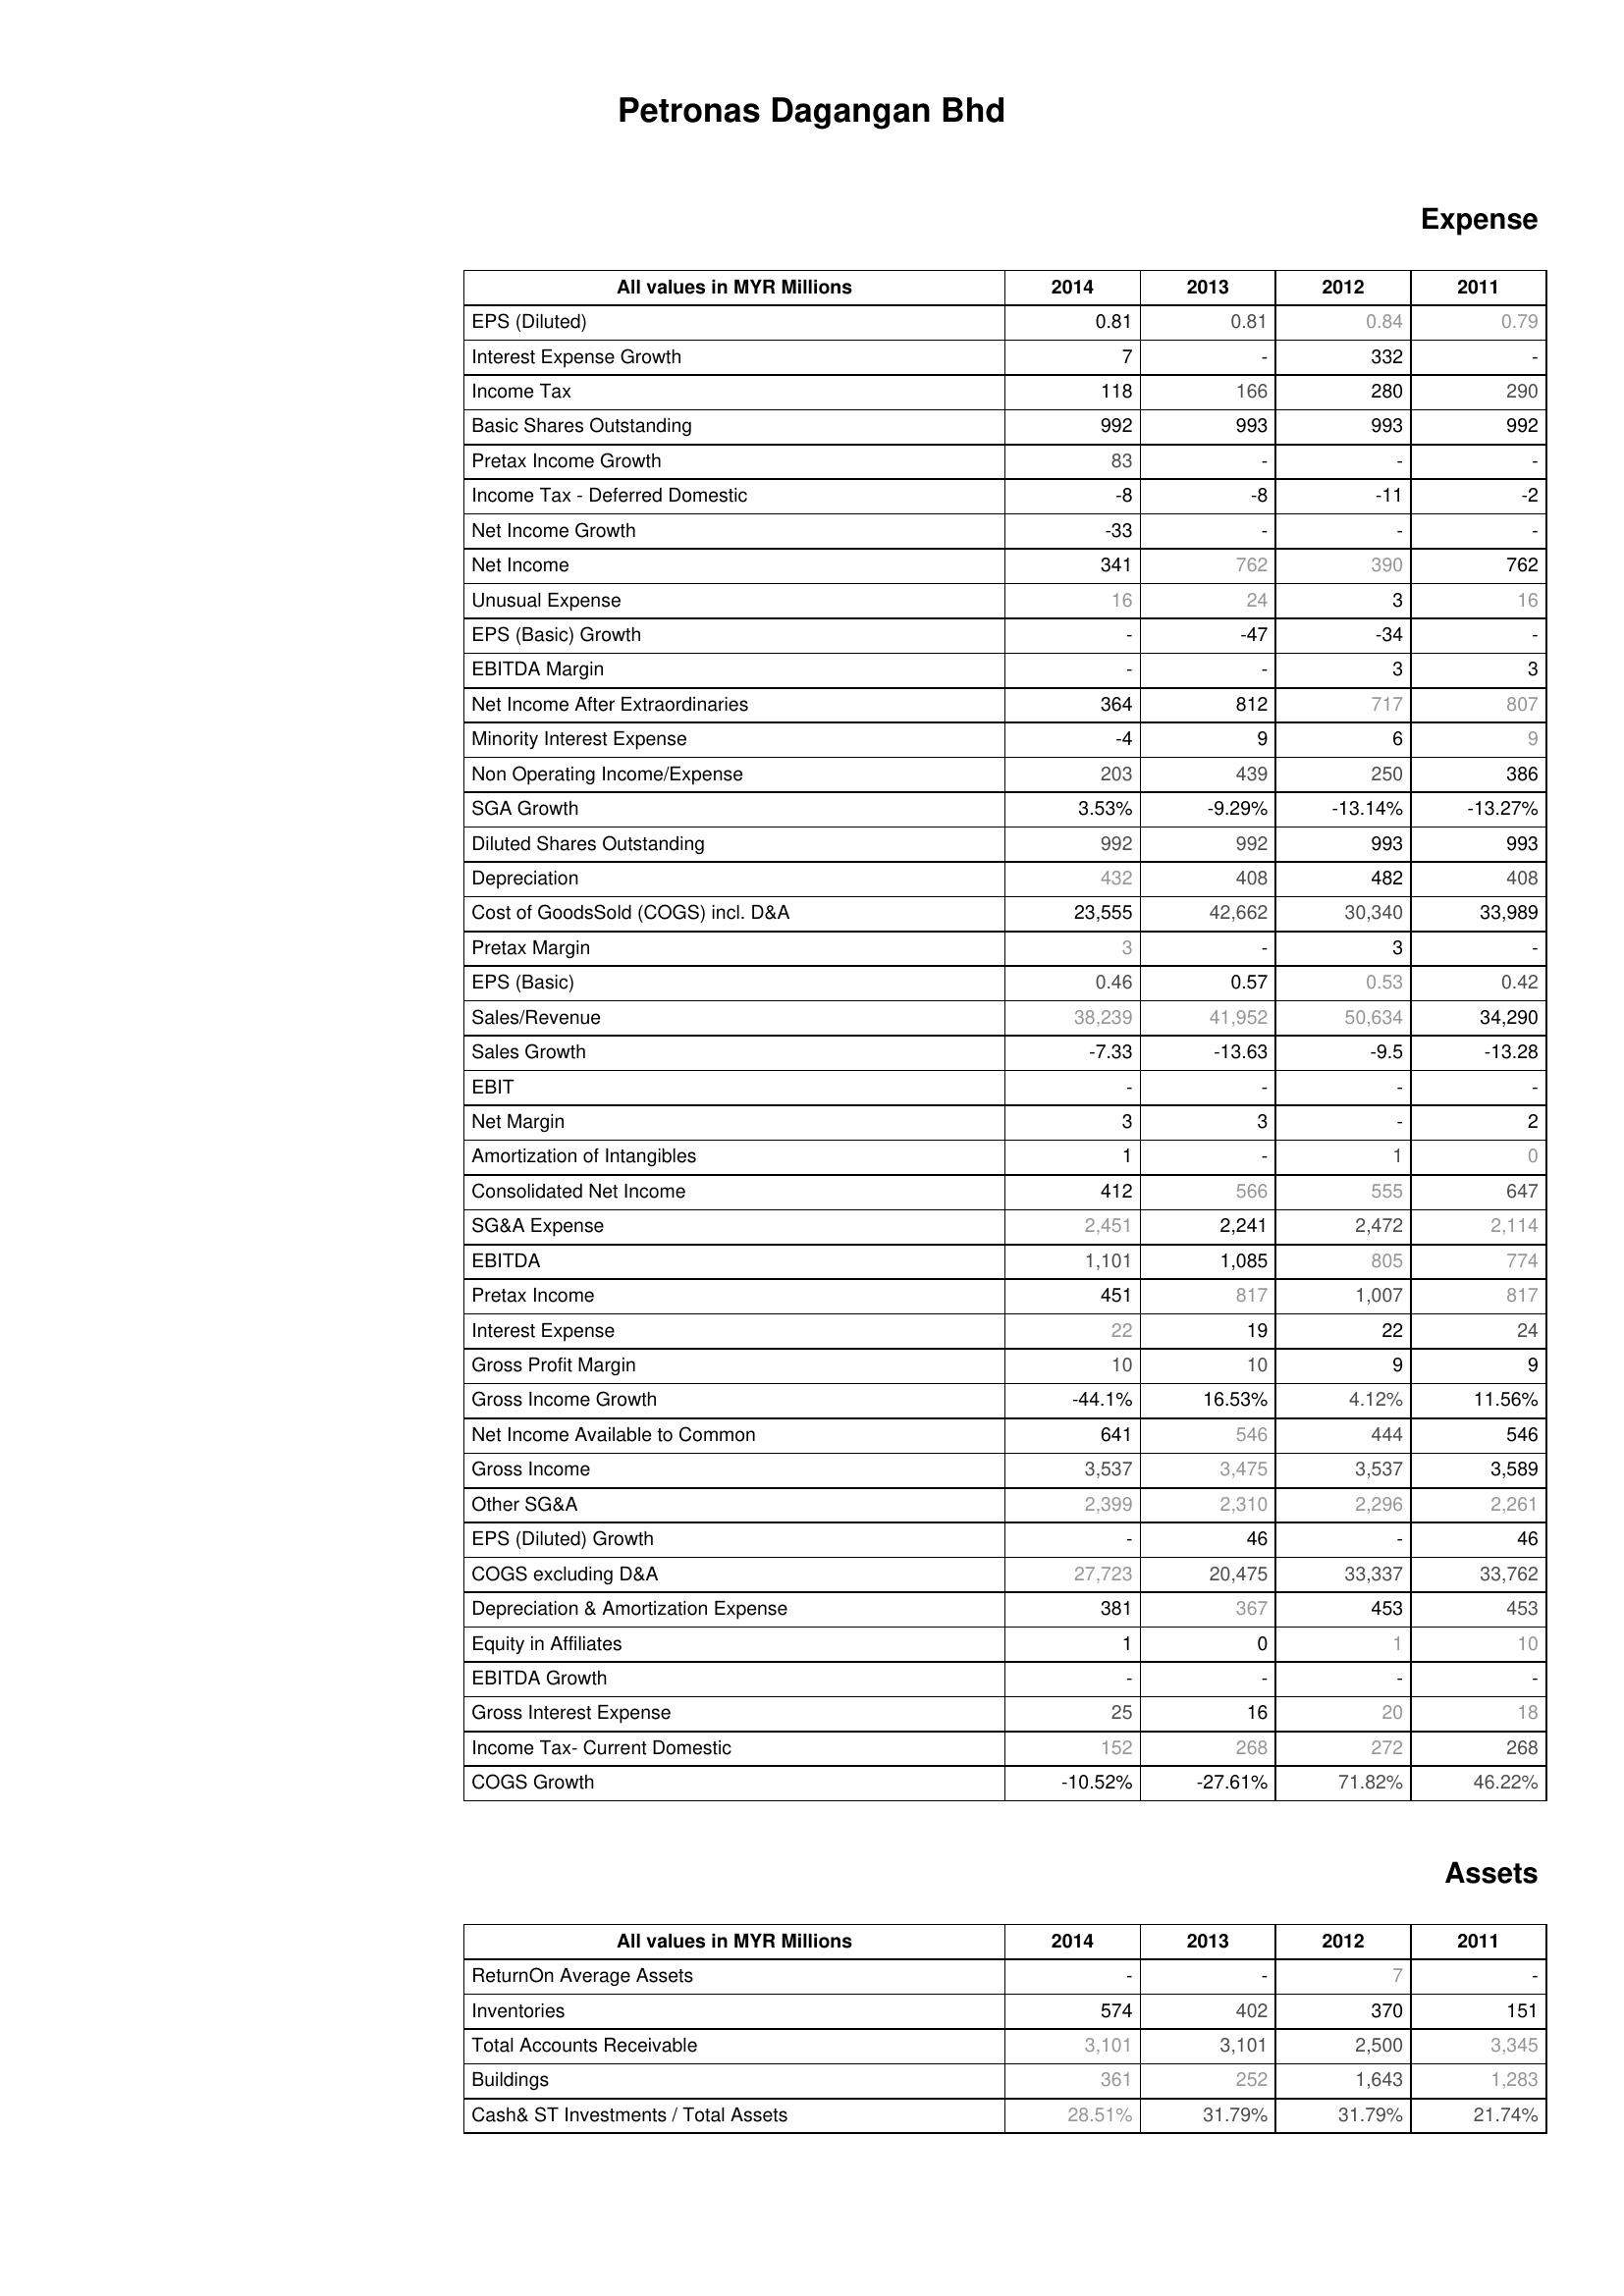
2014: Expense: EPS (Diluted): 0.81
Interest Expense Growth: 7
Income Tax: 118
Basic Shares Outstanding: 992
Pretax Income Growth: 83
Income Tax - Deferred Domestic: -8
Net Income Growth: -33
Net Income: 341
Unusual Expense: 16
EPS (Basic) Growth: -
EBITDA Margin: -
Net Income After Extraordinaries: 364
Minority Interest Expense: -4
Non Operating Income/Expense: 203
SGA Growth: 3.53%
Diluted Shares Outstanding: 992
Depreciation: 432
Cost of GoodsSold (COGS) incl. D&A: 23,555
Pretax Margin: 3
EPS (Basic): 0.46
Sales/Revenue: 38,239
Sales Growth: -7.33
EBIT: -
Net Margin: 3
Amortization of Intangibles: 1
Consolidated Net Income: 412
SG&A Expense: 2,451
EBITDA: 1,101
Pretax Income: 451
Interest Expense: 22
Gross Profit Margin: 10
Gross Income Growth: -44.1%
Net Income Available to Common: 641
Gross Income: 3,537
Other SG&A: 2,399
EPS (Diluted) Growth: -
COGS excluding D&A: 27,723
Depreciation & Amortization Expense: 381
Equity in Affiliates: 1
EBITDA Growth: -
Gross Interest Expense: 25
Income Tax- Current Domestic: 152
COGS Growth: -10.52%
Assets: ReturnOn Average Assets: -
Inventories: 574
Total Accounts Receivable: 3,101
Buildings: 361
Cash& ST Investments / Total Assets: 28.51%
2013: Expense: EPS (Diluted): 0.81
Interest Expense Growth: -
Income Tax: 166
Basic Shares Outstanding: 993
Pretax Income Growth: -
Income Tax - Deferred Domestic: -8
Net Income Growth: -
Net Income: 762
Unusual Expense: 24
EPS (Basic) Growth: -47
EBITDA Margin: -
Net Income After Extraordinaries: 812
Minority Interest Expense: 9
Non Operating Income/Expense: 439
SGA Growth: -9.29%
Diluted Shares Outstanding: 992
Depreciation: 408
Cost of GoodsSold (COGS) incl. D&A: 42,662
Pretax Margin: -
EPS (Basic): 0.57
Sales/Revenue: 41,952
Sales Growth: -13.63
EBIT: -
Net Margin: 3
Amortization of Intangibles: -
Consolidated Net Income: 566
SG&A Expense: 2,241
EBITDA: 1,085
Pretax Income: 817
Interest Expense: 19
Gross Profit Margin: 10
Gross Income Growth: 16.53%
Net Income Available to Common: 546
Gross Income: 3,475
Other SG&A: 2,310
EPS (Diluted) Growth: 46
COGS excluding D&A: 20,475
Depreciation & Amortization Expense: 367
Equity in Affiliates: 0
EBITDA Growth: -
Gross Interest Expense: 16
Income Tax- Current Domestic: 268
COGS Growth: -27.61%
Assets: ReturnOn Average Assets: -
Inventories: 402
Total Accounts Receivable: 3,101
Buildings: 252
Cash& ST Investments / Total Assets: 31.79%
2012: Expense: EPS (Diluted): 0.84
Interest Expense Growth: 332
Income Tax: 280
Basic Shares Outstanding: 993
Pretax Income Growth: -
Income Tax - Deferred Domestic: -11
Net Income Growth: -
Net Income: 390
Unusual Expense: 3
EPS (Basic) Growth: -34
EBITDA Margin: 3
Net Income After Extraordinaries: 717
Minority Interest Expense: 6
Non Operating Income/Expense: 250
SGA Growth: -13.14%
Diluted Shares Outstanding: 993
Depreciation: 482
Cost of GoodsSold (COGS) incl. D&A: 30,340
Pretax Margin: 3
EPS (Basic): 0.53
Sales/Revenue: 50,634
Sales Growth: -9.5
EBIT: -
Net Margin: -
Amortization of Intangibles: 1
Consolidated Net Income: 555
SG&A Expense: 2,472
EBITDA: 805
Pretax Income: 1,007
Interest Expense: 22
Gross Profit Margin: 9
Gross Income Growth: 4.12%
Net Income Available to Common: 444
Gross Income: 3,537
Other SG&A: 2,296
EPS (Diluted) Growth: -
COGS excluding D&A: 33,337
Depreciation & Amortization Expense: 453
Equity in Affiliates: 1
EBITDA Growth: -
Gross Interest Expense: 20
Income Tax- Current Domestic: 272
COGS Growth: 71.82%
Assets: ReturnOn Average Assets: 7
Inventories: 370
Total Accounts Receivable: 2,500
Buildings: 1,643
Cash& ST Investments / Total Assets: 31.79%
2011: Expense: EPS (Diluted): 0.79
Interest Expense Growth: -
Income Tax: 290
Basic Shares Outstanding: 992
Pretax Income Growth: -
Income Tax - Deferred Domestic: -2
Net Income Growth: -
Net Income: 762
Unusual Expense: 16
EPS (Basic) Growth: -
EBITDA Margin: 3
Net Income After Extraordinaries: 807
Minority Interest Expense: 9
Non Operating Income/Expense: 386
SGA Growth: -13.27%
Diluted Shares Outstanding: 993
Depreciation: 408
Cost of GoodsSold (COGS) incl. D&A: 33,989
Pretax Margin: -
EPS (Basic): 0.42
Sales/Revenue: 34,290
Sales Growth: -13.28
EBIT: -
Net Margin: 2
Amortization of Intangibles: 0
Consolidated Net Income: 647
SG&A Expense: 2,114
EBITDA: 774
Pretax Income: 817
Interest Expense: 24
Gross Profit Margin: 9
Gross Income Growth: 11.56%
Net Income Available to Common: 546
Gross Income: 3,589
Other SG&A: 2,261
EPS (Diluted) Growth: 46
COGS excluding D&A: 33,762
Depreciation & Amortization Expense: 453
Equity in Affiliates: 10
EBITDA Growth: -
Gross Interest Expense: 18
Income Tax- Current Domestic: 268
COGS Growth: 46.22%
Assets: ReturnOn Average Assets: -
Inventories: 151
Total Accounts Receivable: 3,345
Buildings: 1,283
Cash& ST Investments / Total Assets: 21.74%